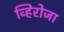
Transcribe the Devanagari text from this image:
व्हिरोजा